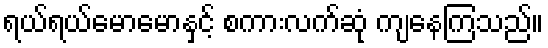
ရယ်ရယ်မောမောနှင့် စကားလက်ဆုံ ကျနေကြသည်။